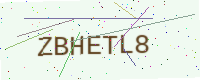
Text: ZBHETL8